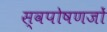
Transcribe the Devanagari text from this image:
स्वपोषणजों